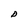
Character: D